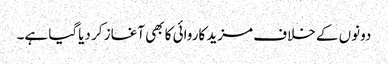
دونوں کے خلاف مزید کاروائی کا بھی آغاز کر دیاگیا ہے۔